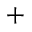
+